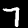
Digit: 7